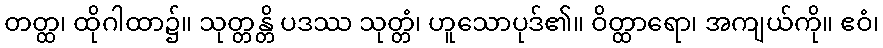
တတ္ထ၊ ထိုဂါထာ၌။ သုတ္တန္တိ ပဒဿ သုတ္တံ၊ ဟူသောပုဒ်၏။ ဝိတ္ထာရော၊ အကျယ်ကို။ ဧဝံ၊